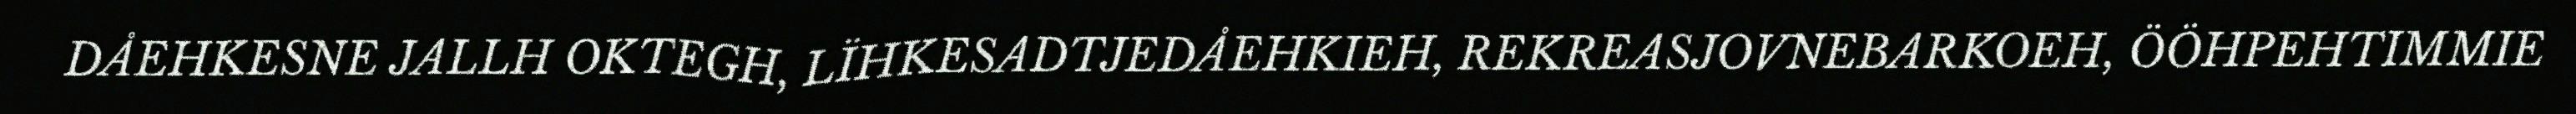
DÅEHKESNE JALLH OKTEGH, LÏHKESADTJEDÅEHKIEH, REKREASJOVNEBARKOEH, ÖÖHPEHTIMMIE